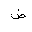
Letter: _dad